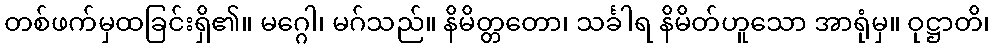
တစ်ဖက်မှထခြင်းရှိ၏။ မဂ္ဂေါ၊ မဂ်သည်။ နိမိတ္တတော၊ သင်္ခါရ နိမိတ်ဟူသော အာရုံမှ။ ဝုဋ္ဌာတိ၊